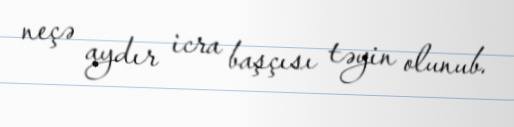
neçə aydır icra başçısı təyin olunub.